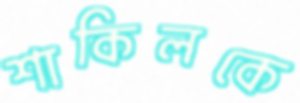
শাকিলকে